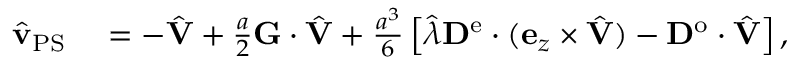
\begin{array} { r l } { \hat { \mathbf { v } } _ { \mathrm { P S } } } & { { } = - \hat { \mathbf { V } } + \frac { a } { 2 } \mathbf { G } \cdot \hat { \mathbf { V } } + \frac { a ^ { 3 } } { 6 } \left[ \hat { \lambda } \mathbf { D } ^ { \mathrm { e } } \cdot ( \mathbf { e } _ { z } \times \hat { \mathbf { V } } ) - \mathbf { D } ^ { \mathrm { o } } \cdot \hat { \mathbf { V } } \right] , } \end{array}